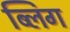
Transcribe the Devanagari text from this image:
ब्लिग